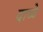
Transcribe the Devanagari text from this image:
दाळे